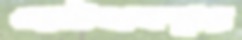
ভোটব্যবস্থার